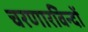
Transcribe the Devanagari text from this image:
चरणारविन्दों